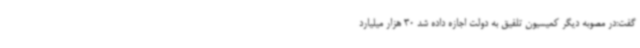
گفت:در مصوبه دیگر کمیسیون‌ تلفیق به دولت اجازه داده شد 30 هزار میلیارد